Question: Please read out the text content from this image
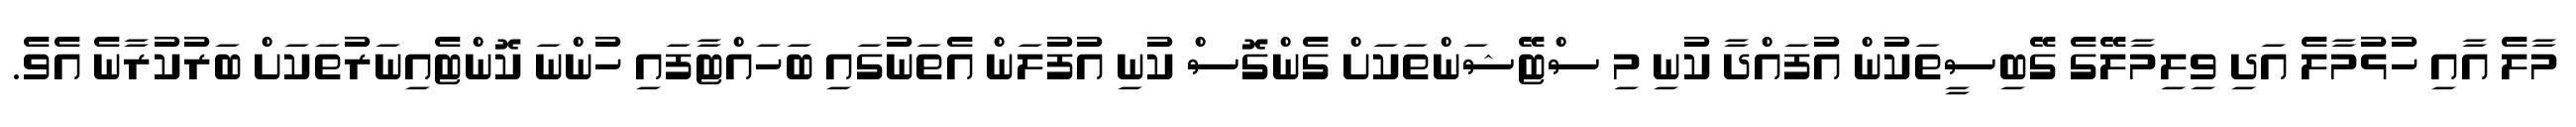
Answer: މާލެ އާއި ހުޅުމާލެ އަދި ވިލިމާލޭގެ ގޭބިސީތަކުން އުފައްދާ ކުނި މި ސްޓޭޝަންތަކަށް ގެންގޮސް ކުނި އުފުލަން އެތަނުގައި ބަހައްޓާފައި ހުންނަ ކޮންޓެއިނަރުތަކަށް ބަރުކުރާނެ އެވެ.